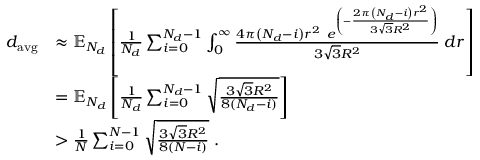
\begin{array} { r l } { \! \! \! \! d _ { \mathrm { { a v g } } } } & { \approx \mathbb { E } _ { N _ { d } } \left[ \frac { 1 } { N _ { d } } \sum _ { i = 0 } ^ { { N _ { d } - 1 } } \int _ { 0 } ^ { \infty } \frac { 4 \pi \left( N _ { d } - i \right) r ^ { 2 } \; \; e ^ { \left( - \frac { 2 \pi \left( N _ { d } - i \right) r ^ { 2 } } { 3 \sqrt { 3 } R ^ { 2 } } \right) } } { 3 \sqrt { 3 } R ^ { 2 } } \; d r \right] } \\ & { = \mathbb { E } _ { N _ { d } } \left[ \frac { 1 } { N _ { d } } \sum _ { i = 0 } ^ { { N _ { d } - 1 } } \sqrt { \frac { 3 \sqrt { 3 } R ^ { 2 } } { 8 ( N _ { d } - i ) } } \right] } \\ & { > \frac { 1 } { N } \sum _ { i = 0 } ^ { { N - 1 } } \sqrt { \frac { 3 \sqrt { 3 } R ^ { 2 } } { 8 ( N - i ) } } \; . } \end{array}